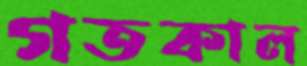
গতকাল